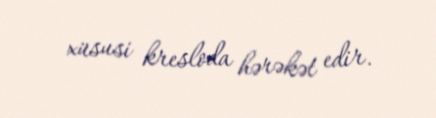
xüsusi kresloda hərəkət edir.